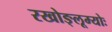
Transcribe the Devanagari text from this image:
रखोङ्लूम्योः